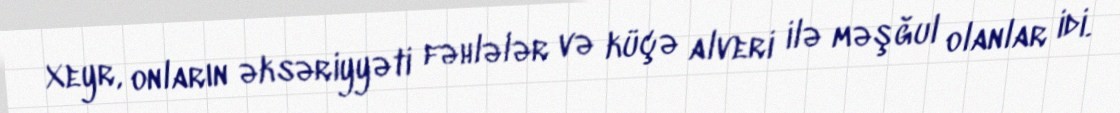
Xeyr, onların əksəriyyəti fəhlələr və küçə alveri ilə məşğul olanlar idi.